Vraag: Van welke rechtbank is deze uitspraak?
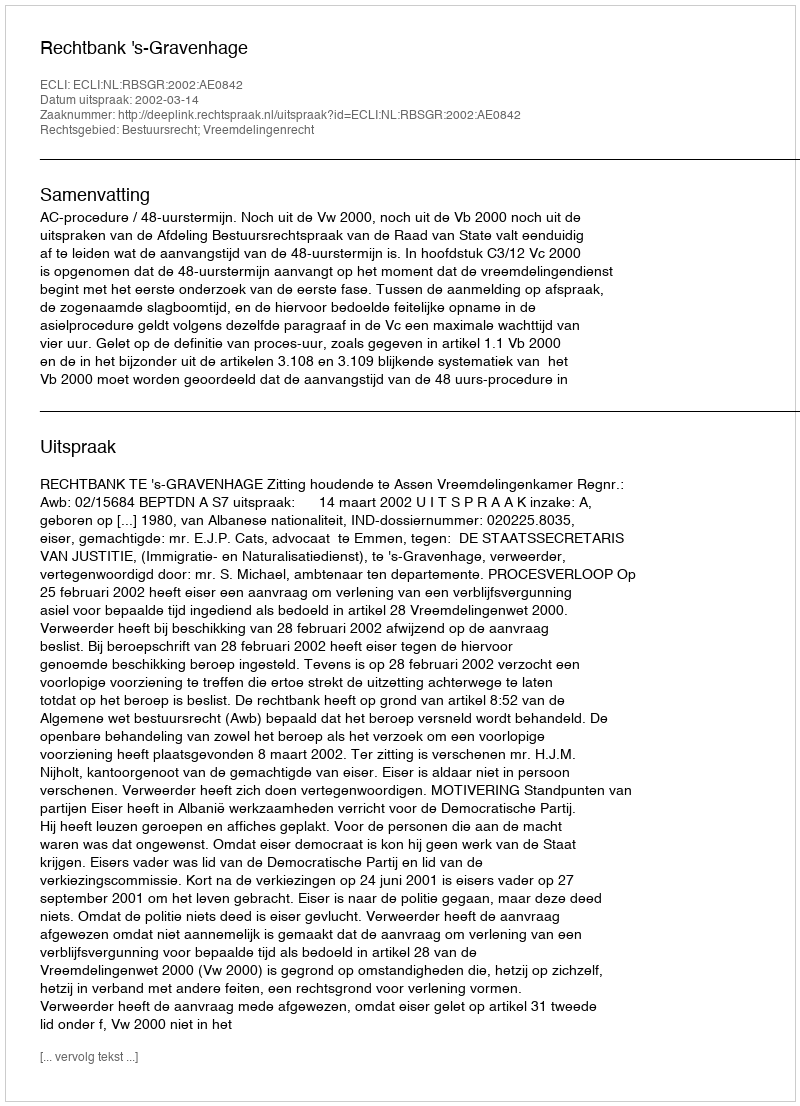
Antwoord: Rechtbank 's-Gravenhage